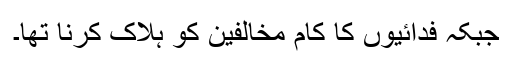
جبکہ فدائیوں کا کام مخالفین کو ہلاک کرنا تھا۔